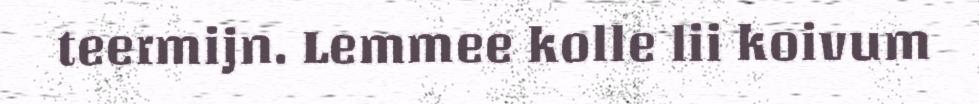
teermijn. Lemmee kolle lii koivum